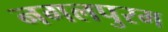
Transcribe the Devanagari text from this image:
नगलपुरम